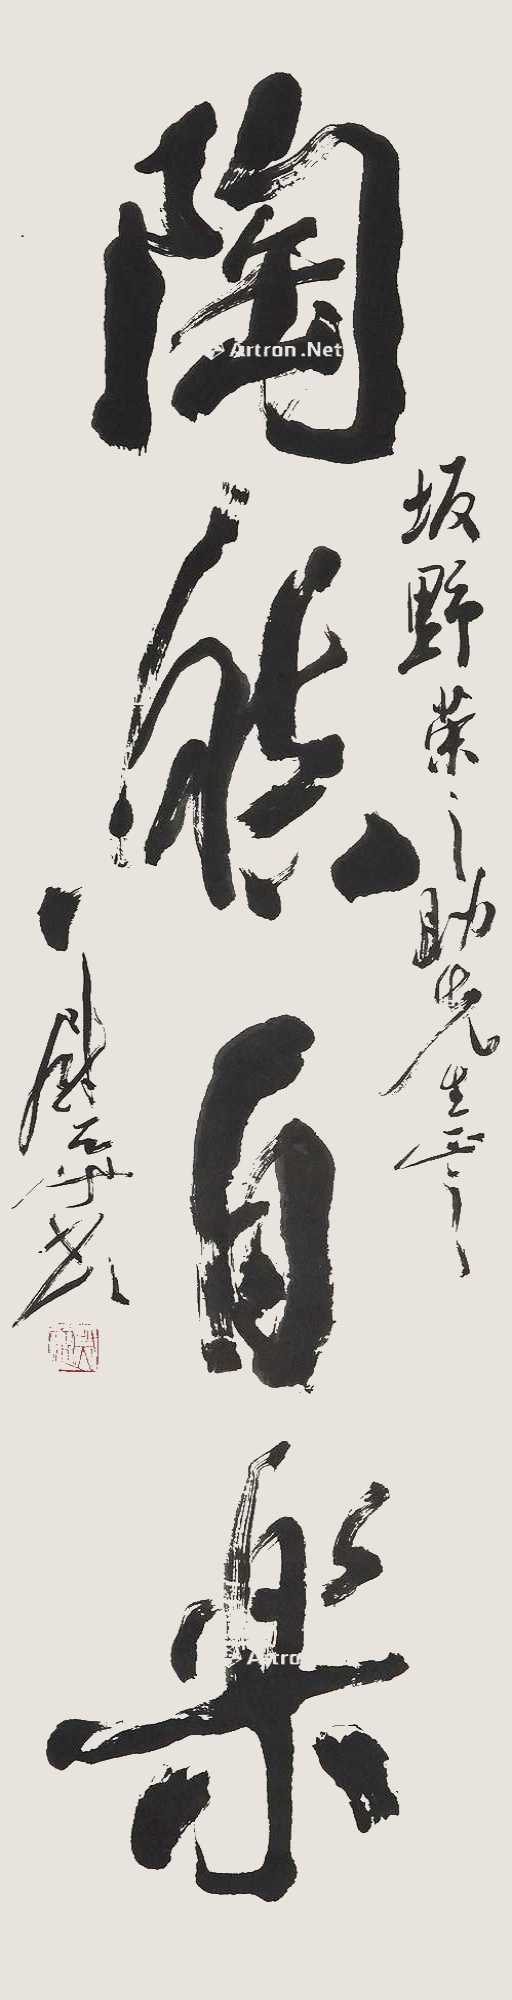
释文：陶然自乐。坂野荣之助先生正之，尉天池书。